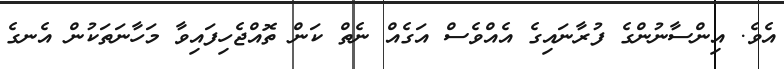
އެވެ. އިންސާނުންގެ ފުރާނައިގެ އެއްވެސް އަގެއް ނެތް ކަން ތޮއްޖެހިފައިވާ މަހާނަތަކުން އެނގެ